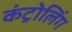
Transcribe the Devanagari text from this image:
कंट्रोलिंग